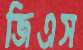
জিএস